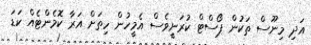
އަދި މިނޫސް ތަކުން ޕޯސްޓް ކުރަނީވެސް އެމީހުން ހިތަށް އަރާ ކޮމެންޓެއް ކަޑަ